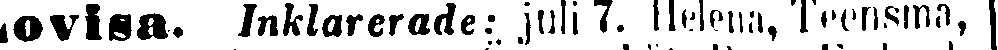
Lovisa. Inklarerade: juli 7. Helena, Teensma,